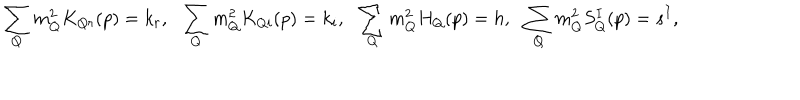
\sum _ { Q } m _ { Q } ^ { 2 } K _ { Q r } ( p ) = k _ { r } , \ \ \sum _ { Q } m _ { Q } ^ { 2 } K _ { Q i } ( p ) = k _ { i } , \ \ \sum _ { Q } m _ { Q } ^ { 2 } H _ { Q } ( p ) = h , \ \ \sum _ { Q } m _ { Q } ^ { 2 } S _ { Q } ^ { I } ( p ) = s ^ { I } ,